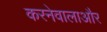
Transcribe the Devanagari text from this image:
करनेवालाऔर